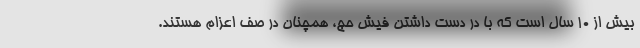
بیش از ۱۰ سال است که با در دست داشتن فیش حج، همچنان در صف اعزام هستند.